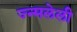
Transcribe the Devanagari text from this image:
ज्न्मलेली